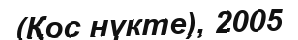
(Қос нүкте), 2005